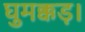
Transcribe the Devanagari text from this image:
घुमक्कड़।